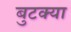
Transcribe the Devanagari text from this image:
बुटक्‍या